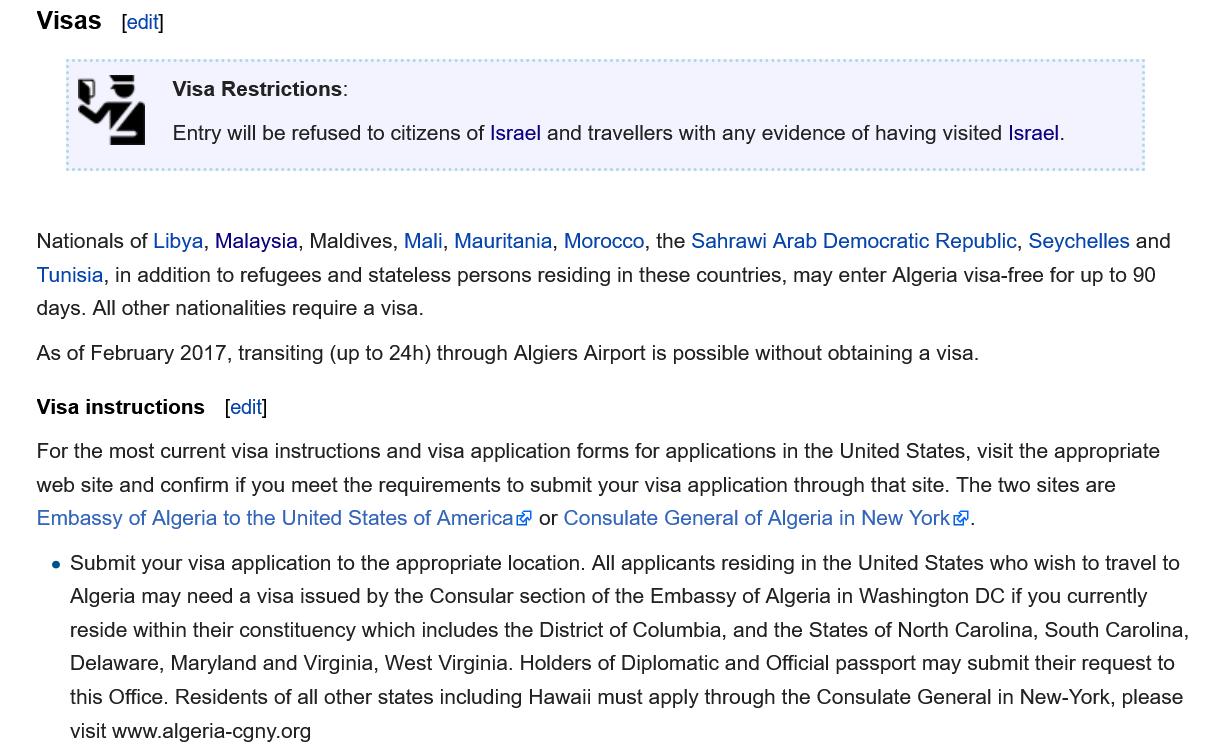
Nationals of Libya, Malaysia, Maldives, Mali, Mauritania, Morocco, the Sahrawi Arab Democratic Republic, Seychelles and
    Tunisia, in addition to refugees and stateless persons residing in these countries, may enter Algeria visa-free for up to 90
    days. All other nationalities require a visa.
    As of February 2017, transiting (up to 24h) through Algiers Airport is possible without obtaining a visa.
    For the most current visa instructions and visa application forms for applications in the United States, visit the appropriate
    web site and confirm if you meet the requirements to submit your visa application through that site. The two sites are
    Embassy of Algeria to the United States of America® or Consulate General of Algeria in New York®.
     Visa Restrictions:
     Entry will be refused to citizens of Israel and travellers with any evidence of having visited Israel.
    Visas   [edit]
    Visa instructions [edit]
     e Submit your visa application to the appropriate location. All applicants residing in the United States who wish to travel to
     Algeria may need a visa issued by the Consular section of the Embassy of Algeria in Washington DC if you currently
     reside within their constituency which includes the District of Columbia, and the States of North Carolina, South Carolina,
     Delaware, Maryland and Virginia, West Virginia. Holders of Diplomatic and Official passport may submit their request to
     this Office. Residents of all other states including Hawaii must apply through the Consulate General in New-York, please
     visit www.algeria-cgny.org